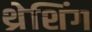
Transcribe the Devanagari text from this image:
थ्रेशिंग